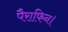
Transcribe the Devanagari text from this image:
पैराफिन।